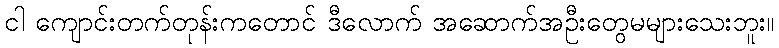
ငါ ကျောင်းတက်တုန်းကတောင် ဒီလောက် အဆောက်အဦးတွေမများသေးဘူး။